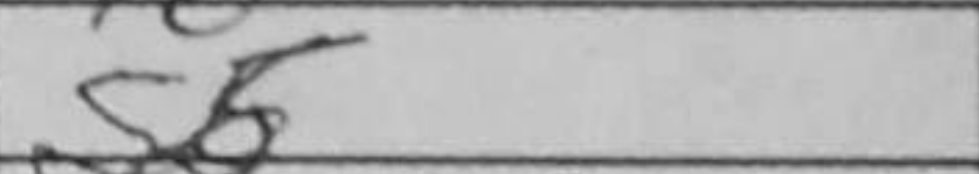
Transcription: g5